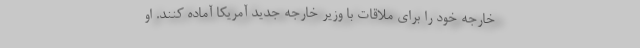
خارجه خود را برای ملاقات با وزیر خارجه جدید آمریکا آماده کنند. او